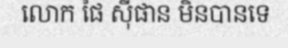
លោក ផៃ ស៊ីផាន មិនបានទេ